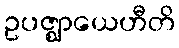
ဥပဇ္ဈာယေဟီတိ